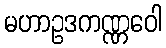
မဟာဥဒကဏ္ဏဝေါ